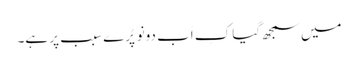
میں سمجھ گیا کِ اَب دونو پُرے سبب پر ہے۔